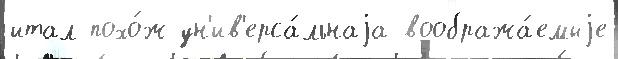
итал похо́ж ун'ив'ерса́льнаjа вообража́емыjе